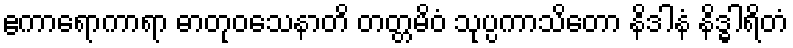
ဧကာရောကာရာ ဓာတုဝသေနာတိ တတ္တမိဝံ သုပ္ပကာသိတော နိဒါနံ နိဒ္ဓါရိတံ